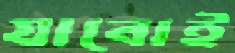
যাবোই